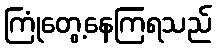
ကြုံတွေ့နေကြရသည်